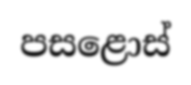
පසළොස්